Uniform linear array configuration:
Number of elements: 48
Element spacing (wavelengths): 0.5
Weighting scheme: blackman
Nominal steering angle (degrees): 0
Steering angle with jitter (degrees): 1.511
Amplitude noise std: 0.05
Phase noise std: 0.05

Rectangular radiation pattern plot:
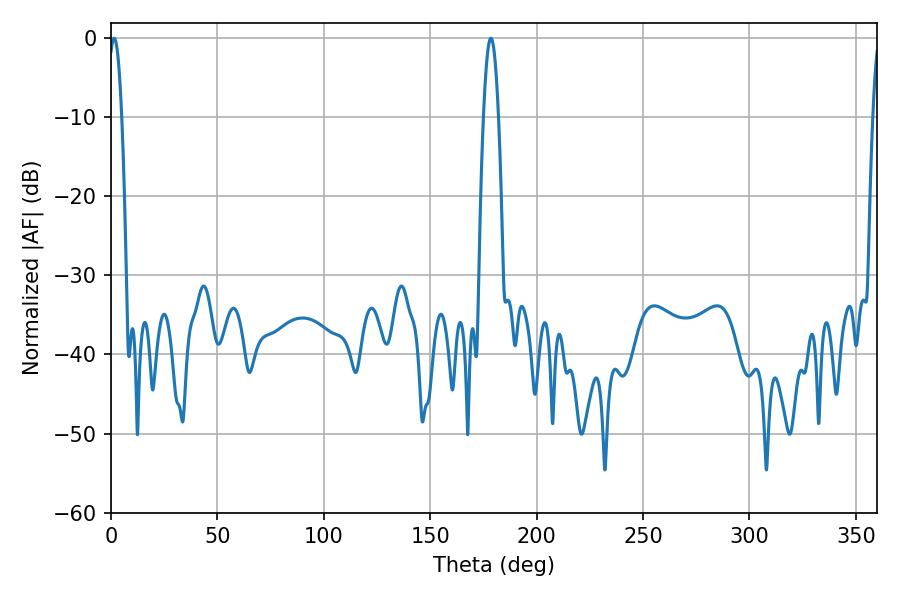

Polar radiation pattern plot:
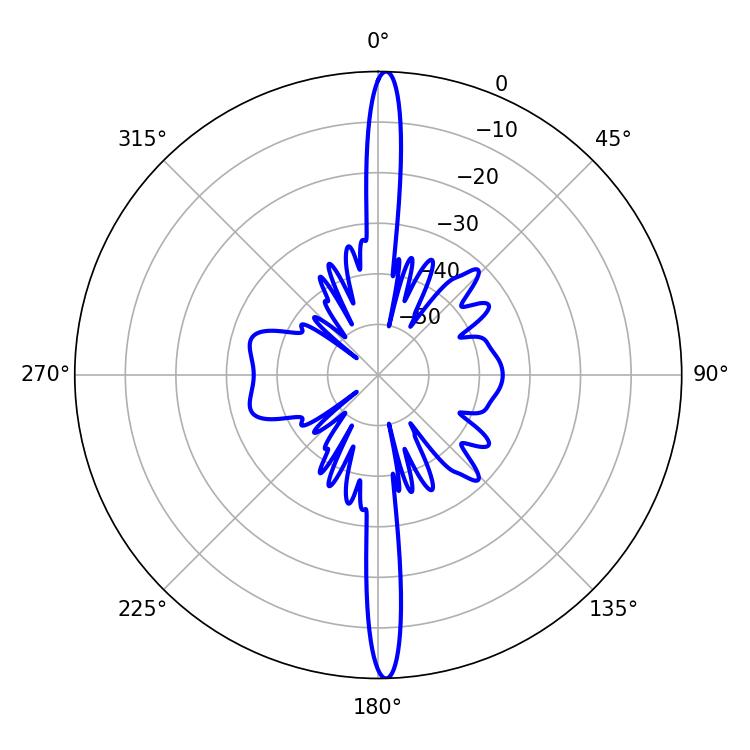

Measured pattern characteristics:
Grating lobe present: FALSE
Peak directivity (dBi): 27.1
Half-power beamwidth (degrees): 3.42
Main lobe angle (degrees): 1.44